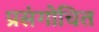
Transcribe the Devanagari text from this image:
प्रसंगोचित